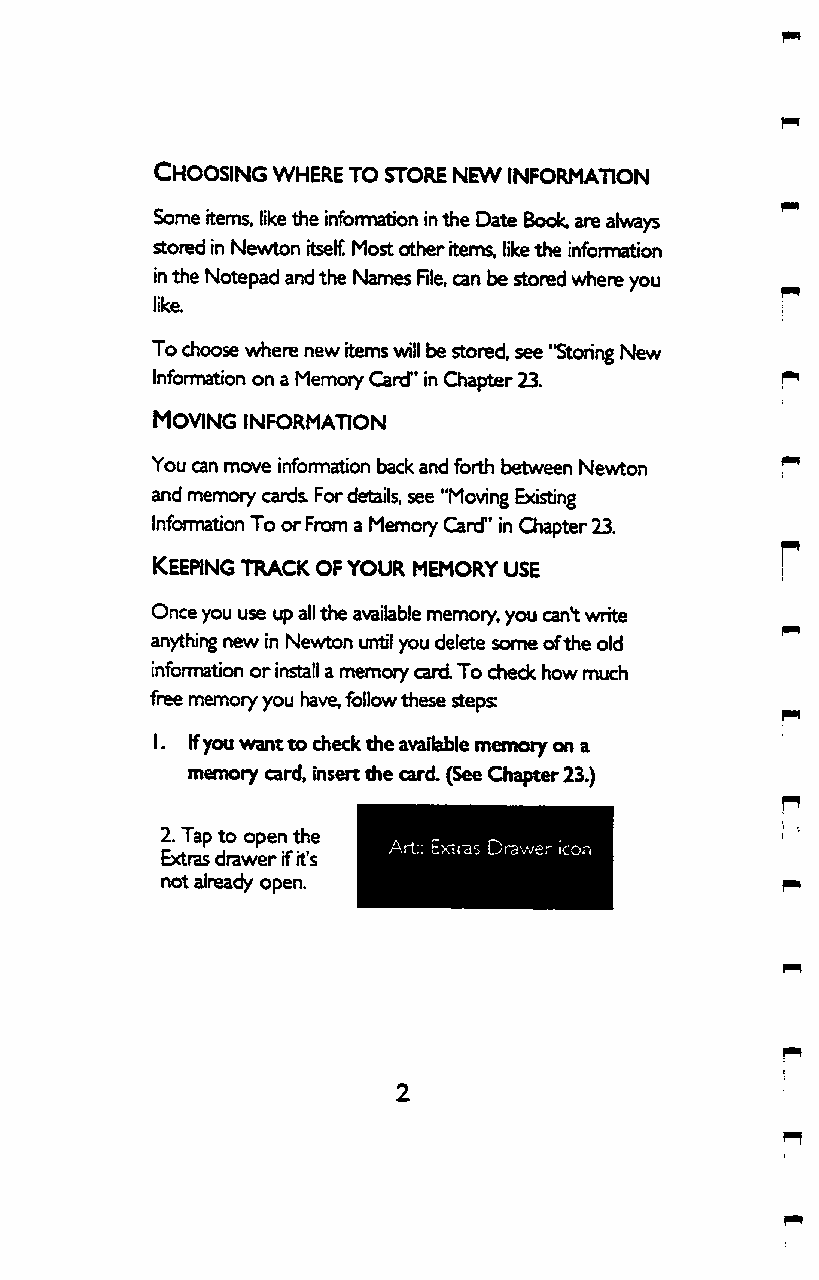
Choosing where to store new information
 Some items, like the infomnation in the Date Bocjk, are always
 stoned in Newton rtseK Most other items, like the infomriation
 in the Notepad and the Names RIe, can be stored where you
 like.
 To choose where new items will be stored, see "Storing New
 Infomration on a Memory Card" in Giapter 23.
 Moving information
 You can move infomnation back and forth between Newton
 and memory cards For details, see "Moving Existing
 Infomnation To or From a Memory Card" in Qiapter 23.
 Keeping track of your memory use
 Once you use up all the available memory, you can't write
 anything new in Newton until you delete sonrre of the old
 infomnation or install a memory card. To check how much
 free memory you have, follow these steps:
 I. Ifyou want to check the available memory on a
 memory card, insert the card. (See Chapter 23.)
 2. Tap to open the
 Extras drawer if it's
 not already open.